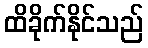
ထိခိုက်နိုင်သည်